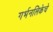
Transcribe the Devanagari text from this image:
गर्भनलिकेचे